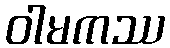
ဝါမကဿ